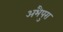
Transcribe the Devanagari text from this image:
अभैपुरा